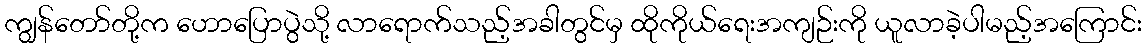
ကျွန်တော်တို့က ဟောပြောပွဲသို့ လာရောက်သည့်အခါတွင်မှ ထိုကိုယ်ရေးအကျဉ်းကို ယူလာခဲ့ပါမည့်အကြောင်း